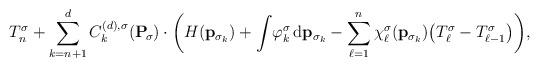
LaTeX: \begin{align*}T_n^{\sigma} +\sum_{k=n+1}^{d} C_{k}^{(d), \sigma}(\mathbf{P}_{\!\sigma}) \cdot\bigg(H(\mathbf{p}_{\sigma_{k}}) + \int\! \varphi_k^{\sigma}\,\mathrm{d}\mathbf{p}_{\sigma_k} - \sum_{\ell=1}^{n} \chi_{\ell}^{\sigma}(\mathbf{p}_{\sigma_k})\big( T_{\ell}^{\sigma}-T_{\ell-1}^{\sigma} \big) \bigg),\end{align*}